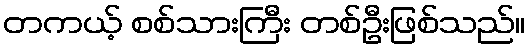
တကယ့် စစ်သားကြီး တစ်ဦးဖြစ်သည်။